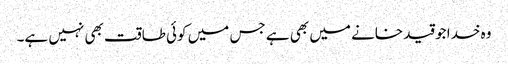
وہ خدا جو قید خانے میں بھی ہے جس میں کوئی طاقت بھی نہیں ہے۔